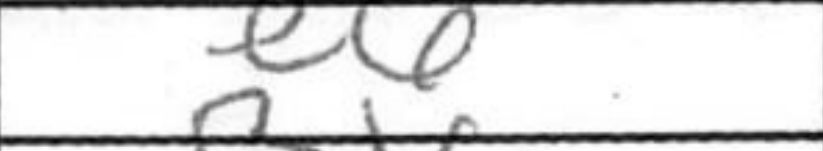
Transcription: e6